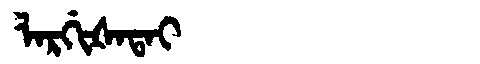
Manchu: ᠯᠠᡵᡤᡳᡧᠠᡨᠠᡳ
Romanization: LARGIŠATAI